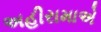
અહીરામાએ